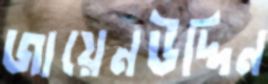
জায়েনউদ্দিন